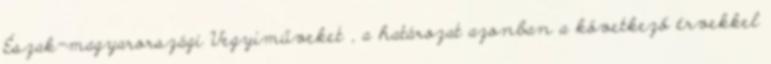
Észak-magyarországi Vegyiműveket , a határozat azonban a következő érvekkel